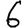
Digit: 6